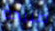
صبيحة